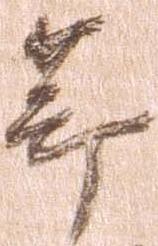
節